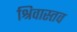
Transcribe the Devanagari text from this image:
श्रिवास्तव